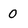
Character: 0